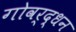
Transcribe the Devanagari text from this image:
गोवर्द्धन